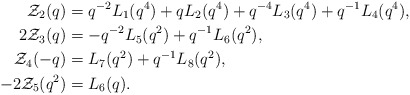
\begin{align*}\mathcal{Z}_2(q) &= q^{-2}L_1(q^4) + qL_2(q^4) + q^{-4}L_3(q^4) + q^{-1}L_4(q^4), \\2\mathcal{Z}_3(q) &= -q^{-2}L_5(q^2) + q^{-1}L_6(q^2), \\\mathcal{Z}_4(-q)&= L_7(q^2) + q^{-1}L_8(q^2), \\-2\mathcal{Z}_5(q^2) &= L_6(q). \end{align*}